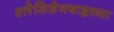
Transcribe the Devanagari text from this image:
श्लेसिशेनबाह्नच्या